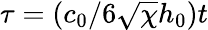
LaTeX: \tau=(c_{0}/6\sqrt{\chi}h_{0})t